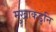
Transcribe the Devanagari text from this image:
मुखाकडुनि